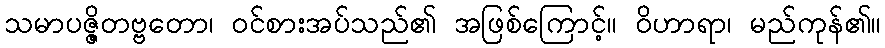
သမာပဇ္ဇိတဗ္ဗတော၊ ဝင်စားအပ်သည်၏ အဖြစ်ကြောင့်။ ဝိဟာရာ၊ မည်ကုန်၏။